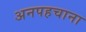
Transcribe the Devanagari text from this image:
अनपहचाना